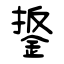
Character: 鋬